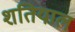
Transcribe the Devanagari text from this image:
शतियाल